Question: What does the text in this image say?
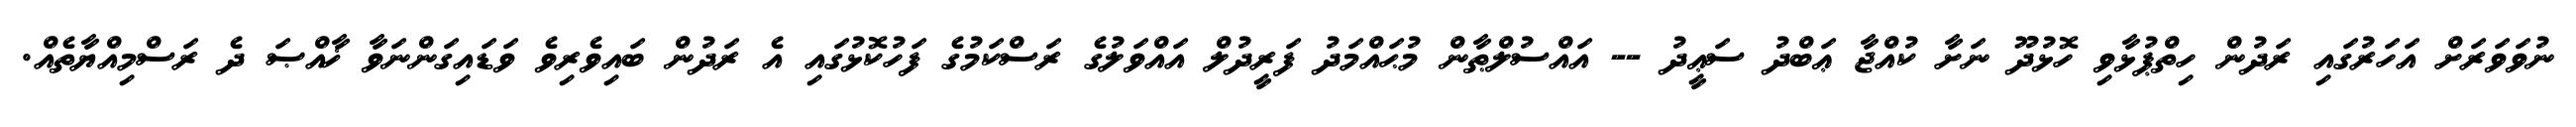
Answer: ނުވަވަރަށް އަހަރުގައި ރަދުން ހިތްޕުޅާވި ހޮޅުދޫ ނަށާ ކުއްޖާ ޢަބްދު ސަޢީދު -- އައްސުލްޠާން މުޙައްމަދު ފަރީދުލް އައްވަލުގެ ރަސްކަމުގެ ފަހުކޮޅުގައި އެ ރަދުން ބައިވެރިވެ ވަޑައިގަންނަވާ ޚާއްޞަ ދެ ރަސްމިއްޔާތެއް.